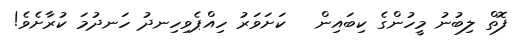
ފޮތް ލިބުނު މީހުންގެ ކިބައިން   ކަށަވަރު ހިއްޕެވިހިނދު ހަނދުމަ ކުރާށެވެ!